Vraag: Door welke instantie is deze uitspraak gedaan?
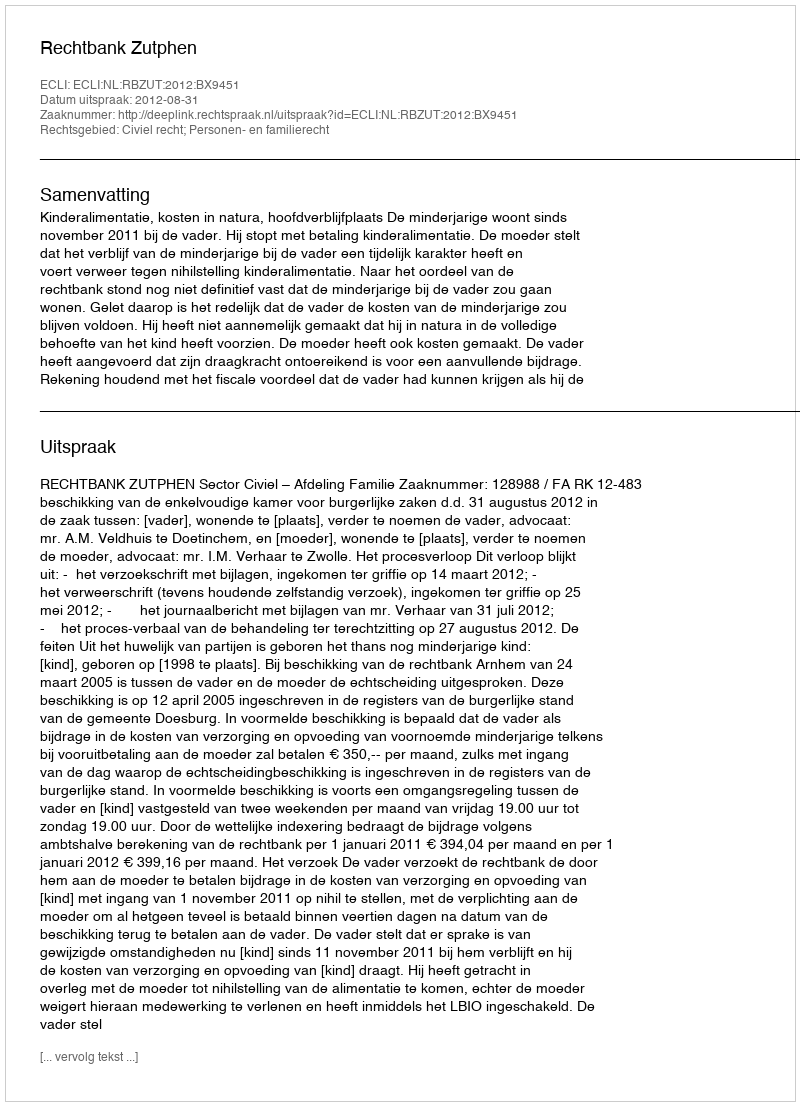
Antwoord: Rechtbank Zutphen